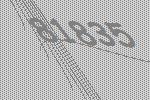
81835